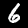
Label: 6